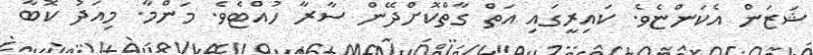
ޝަޒަން އެކަންޏެވެެ. ކައިރީގައި އަތް ގާތްކޮށްދޭން ސާރާ ހުއްޓެވެ. މަންމާ. މިއަދު ކޮބާ